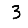
Digit: 3